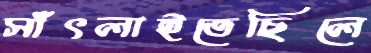
সাঁৎলাইতেছিলে